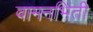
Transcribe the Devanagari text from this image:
वामनभिंती